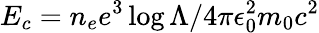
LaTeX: E_{c}=n_{e}e^{3}\log\Lambda/4\pi\epsilon_{0}^{2}m_{0}c^{2}